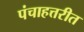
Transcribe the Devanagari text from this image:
पंचाहत्तरीत